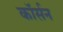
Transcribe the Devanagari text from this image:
कॉर्सन